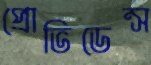
প্রোভিডেন্স